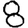
Digit: 8